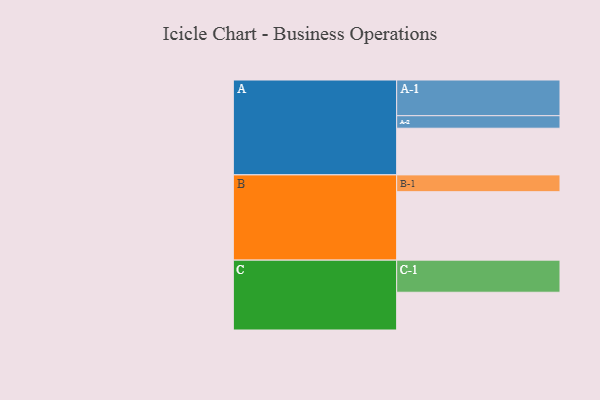
{"axis": {"x": "Segment", "y": "Value"}, "legend": ["", "A", "B", "C"], "data": [{"x": "A", "y": 388, "type": ""}, {"x": "B", "y": 569, "type": ""}, {"x": "C", "y": 314, "type": ""}, {"x": "A-1", "y": 297, "type": "A"}, {"x": "A-2", "y": 104, "type": "A"}, {"x": "B-1", "y": 140, "type": "B"}, {"x": "C-1", "y": 267, "type": "C"}]}